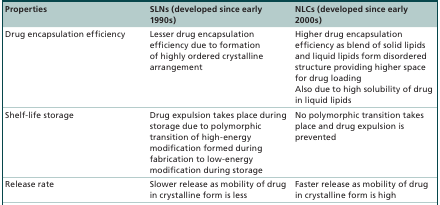
| Properties | SLNs (developed since early 1990s) | NLCs (developed since early 2000s) |
 | --- | --- | --- |
 | Drug encapsulation efficiency | Lesser drug encapsulation efficiency due to formation of highly ordered crystalline arrangement | Higher drug encapsulation efficiency as blend of solid lipids and liquid lipids form disordered structure providing higher space for drug loadingAlso due to high solubility of drug in liquid lipids |
 | Shelf-life storage | Drug expulsion takes place during storage due to polymorphic transition of high-energy modification formed during fabrication to low-energy modification during storage | No polymorphic transition takes place and drug expulsion is prevented |
 | Release rate | Slower release as mobility of drug in crystalline form is less | Faster release as mobility of drug in crystalline form is high |